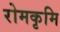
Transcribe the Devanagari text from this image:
रोमकृमि